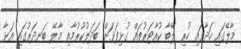
މާލޭގައި ހަދާފައި ހުރި ލޭބާ ކުއާޓަރުތައް ގުޅިފަޅަށް ބަދަލުކުރުމާއި މާލޭ ބަނދަރުގައި އަޅާ